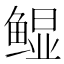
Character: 𲍖